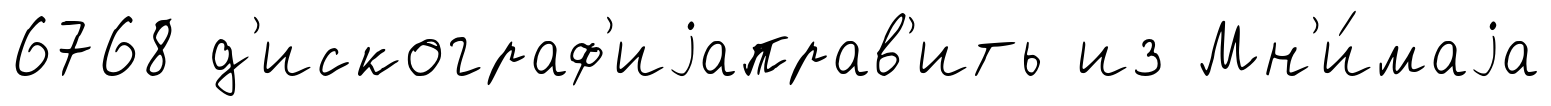
6768 д'искограф'иjаправ'ить из Мн'и́маjа